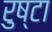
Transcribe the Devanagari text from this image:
रुष्टा